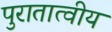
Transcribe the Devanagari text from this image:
पुरातात्वीय